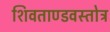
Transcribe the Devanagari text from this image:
शिवताण्डवस्तोत्र